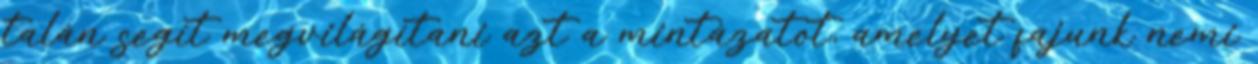
talán segít megvilágítani azt a mintázatot, amelyet fajunk nemi